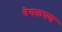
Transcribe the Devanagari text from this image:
वेगळपण